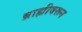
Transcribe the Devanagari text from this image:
ब्राह्मीवरून